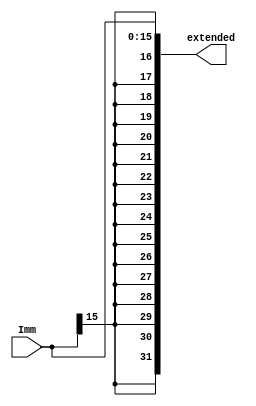
`timescale 1ns / 1ps


module Sign_Extend(Imm,extended);

input [15:0]Imm;
output reg [31:0]extended;

always@(*)
begin
  extended = {{16{Imm[15]}},Imm[15:0]};
end

endmodule